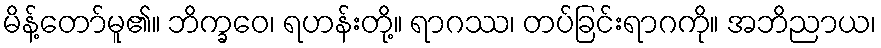
မိန့်တော်မူ၏။ ဘိက္ခဝေ၊ ရဟန်းတို့။ ရာဂဿ၊ တပ်ခြင်းရာဂကို။ အဘိညာယ၊